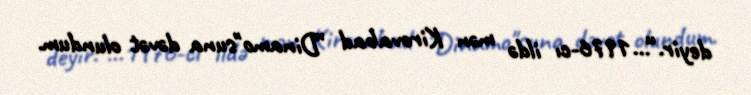
deyir.“...1976-cı ildə mən Kirovabad ”Dinamo"suna dəvət olundum.